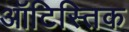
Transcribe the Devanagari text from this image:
ऑटिस्तिक